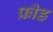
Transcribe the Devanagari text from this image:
फ्रीड